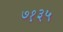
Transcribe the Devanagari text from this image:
७१३५